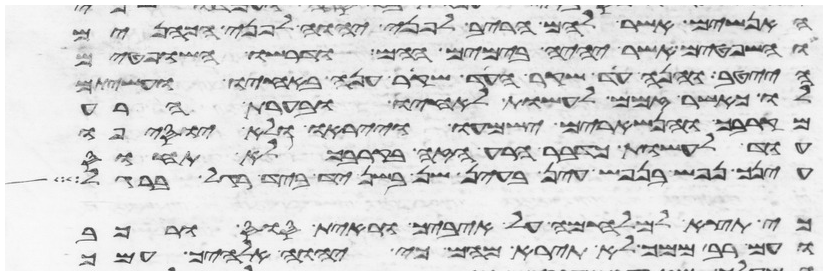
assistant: האנשים אשר להם הריב לפני יהוה לפני הכהנים
והשפטים אשר יהיה בימים ההם ודרשו השפטים
הייטב והנה עד שקר העד שקר ענה באחיו ועשיתם
לו כאשר זמם לעשות לאחיו ובערת הרע
מקרבך והנשארים ישמעו וייראו ולא יוסיפו
עוד לעשות כדבר הרע הזה בקרבך לא תחוס
עינך נפש בנפש עין בעין שן בשן יד ביד רגל ברגל
כי תצא למלחמה על איביך וראית סוס ורכב
ועם רב ממך לא תירא מהם כי יהוה אלהיך עמך